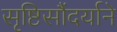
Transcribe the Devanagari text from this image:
सृष्टिसौंदर्याने